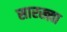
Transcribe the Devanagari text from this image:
सारख्य़ा